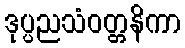
ဒုပ္ပညသံဝတ္တနိကာ